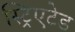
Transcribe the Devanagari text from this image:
स्ट्रिएटेड